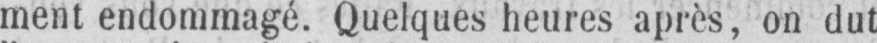
ment endommagé. Quelques heures après, on dut